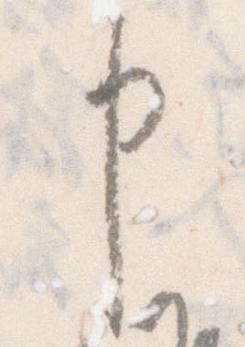
申